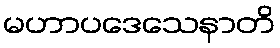
မဟာပဒေသေနာတိ